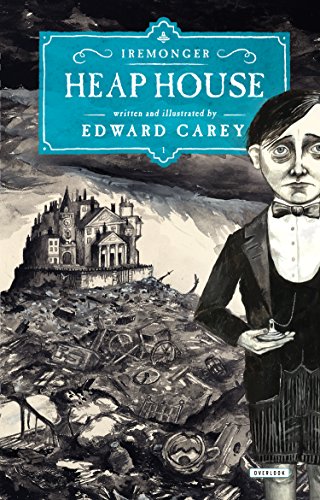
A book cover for Heap House: Book One (The Iremonger Trilogy); Edward Carey; Teen & Young Adult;